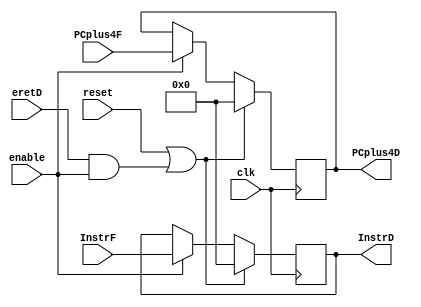
module F_D_Reg(
    input [31:0] InstrF,
    input [31:0] PCplus4F,
	 input eretD, // Deret reset
	 input clk,
	 input reset,
	 input enable,
    output reg [31:0] InstrD,
    output reg [31:0] PCplus4D
    );
	
	/*initial begin
		InstrD <= 0;
		PCplus4D <= 0;
	end*/
	
	always@(posedge clk) begin
		if (reset || (eretD && enable)) begin
			InstrD <= 0;
			PCplus4D <= 0;
		end
		else if (enable) begin
			InstrD <= InstrF;
			PCplus4D <= PCplus4F;
		end
	end
	
endmodule